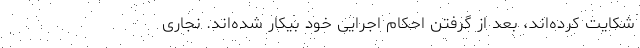
شکایت کرده‌اند، بعد از گرفتن احکام اجرایی خود بیکار شده‌اند. نجاری